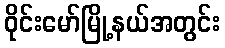
ဝိုင်းမော်မြို့နယ်အတွင်း